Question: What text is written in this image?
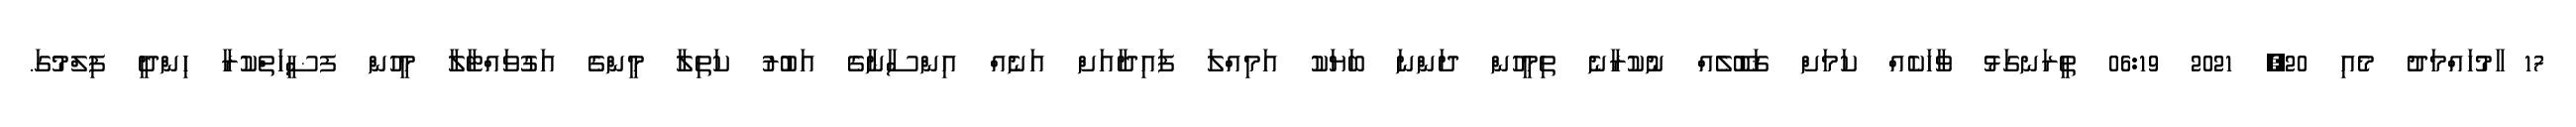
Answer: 17 ާމުހައްމަދު މެއި 20, 2021 06:19 ތީރަނގަޅު ވާހަކެއް ކަމަށް ޤަބޫލެއް ނުކުރާނެ ތިމީހުން ދަންނަ ބަޔަކު އަމިއްލަ ފައިދާއަށް އަނެއް އިންސާނާގެ އަބުރު ކަތިލާ މީންގެ އަގުވައްޓާލާ މީހުން ފޟީހަތްކުރާ ހިންދީ ފިލްމުގަ.